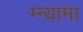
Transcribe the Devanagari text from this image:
म्न्यामा